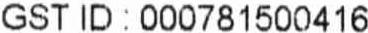
GST ID : 000781500416